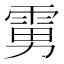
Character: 𱁘